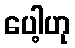
ပေါ့ဟု